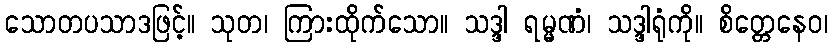
သောတပသာဒဖြင့်။ သုတ၊ ကြားထိုက်သော။ သဒ္ဒါ ရမ္မဏံ၊ သဒ္ဒါရုံကို။ စိတ္တေနေဝ၊